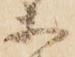
等